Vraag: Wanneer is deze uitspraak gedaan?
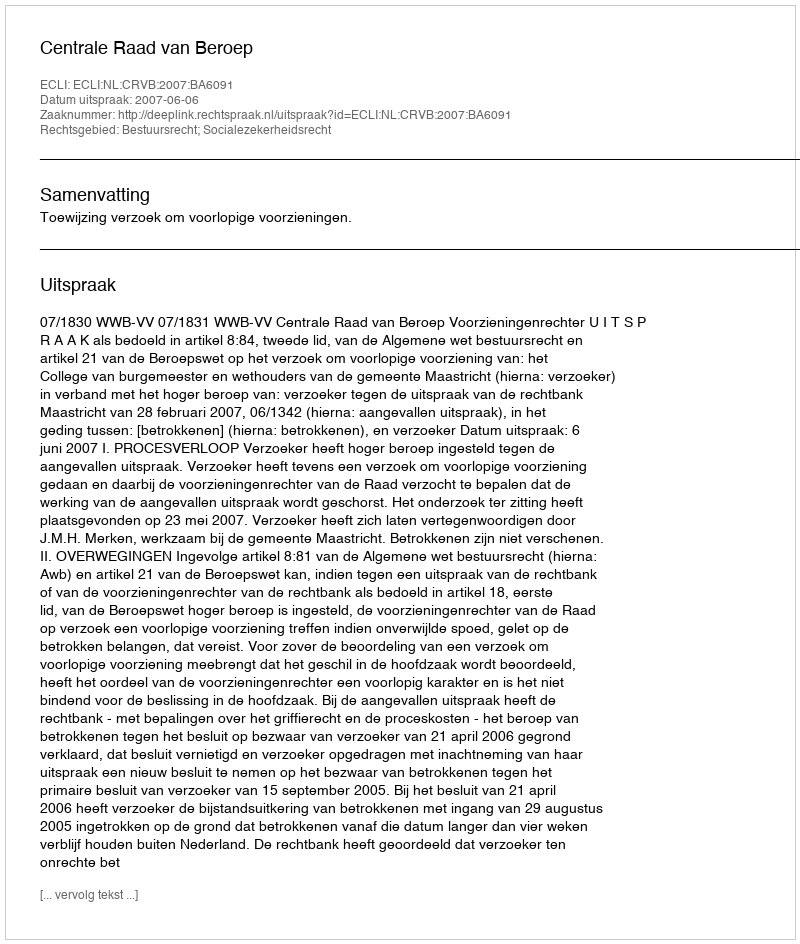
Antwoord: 2007-06-06